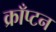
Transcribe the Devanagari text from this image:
क्राँप्टन